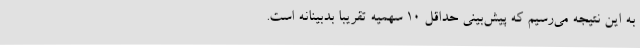
به این نتیجه می‌رسیم که پیش‌بینی حداقل 10 سهمیه تقریبا بدبینانه است.